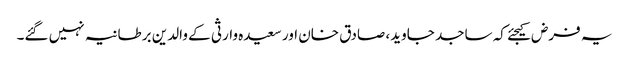
یہ فرض کیجئے کہ ساجد جاوید، صادق خان اور سعیدہ وارثی کے والدین برطانیہ نہیں گئے۔